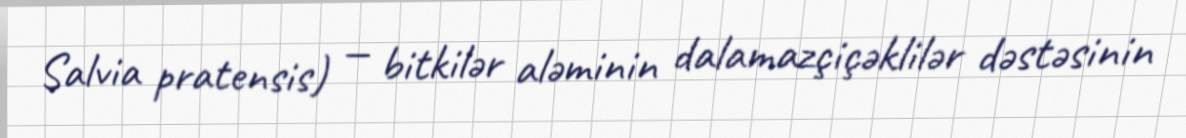
Salvia pratensis) — bitkilər aləminin dalamazçiçəklilər dəstəsinin